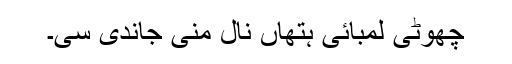
چھوٹی لمبائی ہتھاں نال مِنی جاندی سی۔